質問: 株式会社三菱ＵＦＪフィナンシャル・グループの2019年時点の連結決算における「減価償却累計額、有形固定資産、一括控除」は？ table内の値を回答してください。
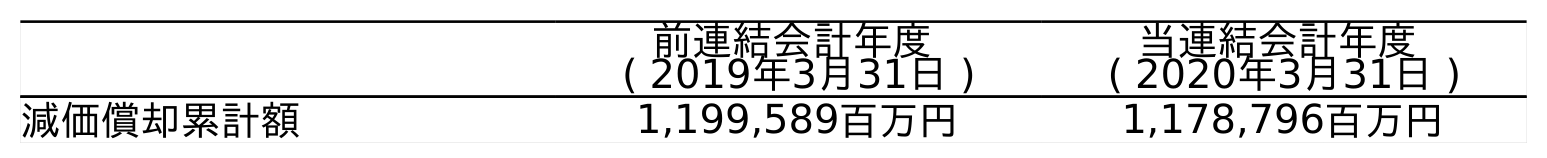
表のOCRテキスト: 前連結会計年度 ( 2019年3月31日 ) 当連結会計年度 ( 2020年3月31日 ) 減価償却累計額 1,199,589百万円 1,178,796百万円
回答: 1,199,589